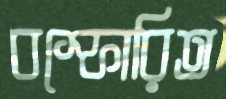
বস্ফোরিত